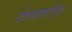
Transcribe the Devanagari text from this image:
देवनागरीच